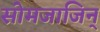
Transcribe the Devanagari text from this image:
सोमजाजिन्